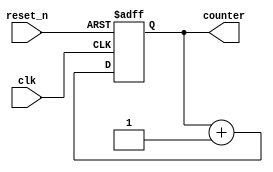
module initialization_example (
    input wire clk,          // Clock input
    input wire reset_n,     // Active low reset
    output reg [7:0] counter // 8-bit counter output
);

    // Initialization Block
    initial begin
        // Initialize the counter to zero
        counter = 8'b00000000; // Set counter to 0
        // Additional initializations can be added here
    end

    // Always block for counter behavior
    always @(posedge clk or negedge reset_n) begin
        if (!reset_n) begin
            // Reset condition: set counter to zero
            counter <= 8'b00000000; // Reset counter to 0
        end else begin
            // Increment counter on clock edge
            counter <= counter + 1;
        end
    end

endmodule